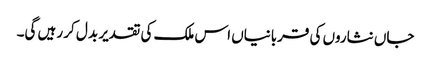
جاں نثاروں کی قربانیاں اس ملک کی تقدیر بد ل کر رہیں گی۔